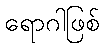
ရောဂါဖြစ်